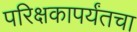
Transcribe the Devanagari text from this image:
परिक्षकापर्यंतचा